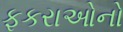
ફકરાઓનો